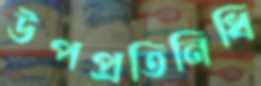
উপপ্রতিনিধি